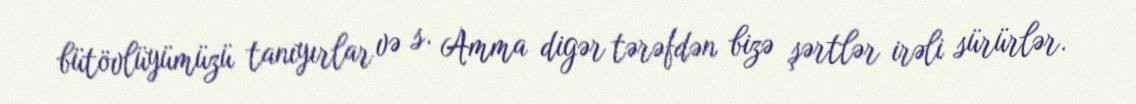
bütövlüyümüzü tanıyırlar və s. Amma digər tərəfdən bizə şərtlər irəli sürürlər.